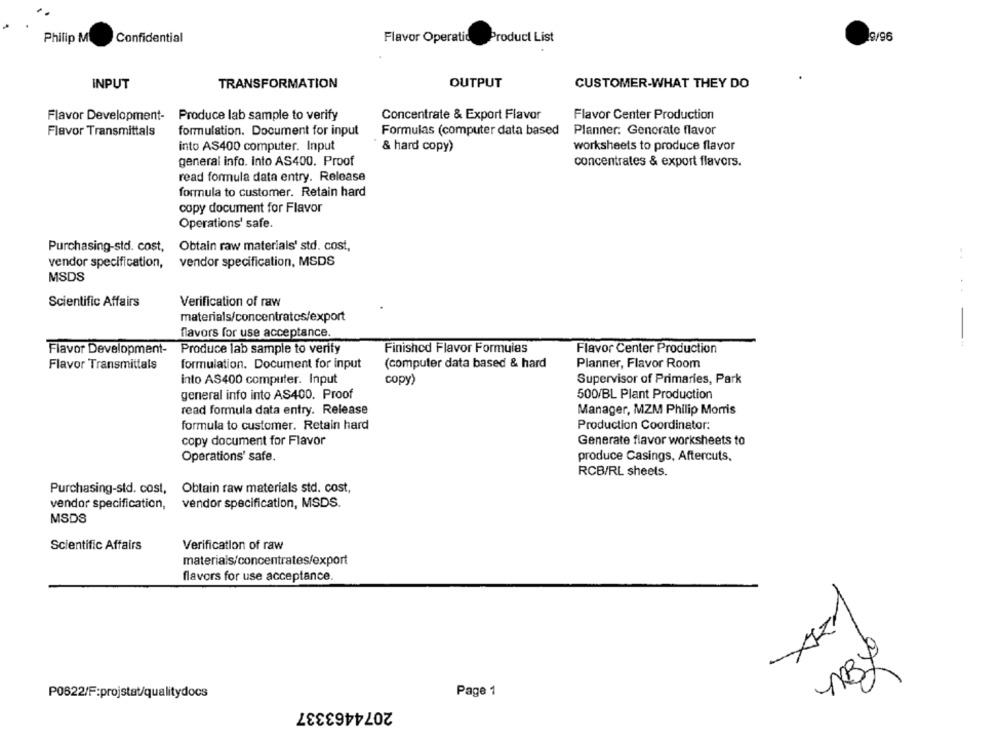
Confidential
19/96
Philip M
Flavor Operatid
Product List
INPUT
TRANSFORMATION
OUTPUT
CUSTOMER-WHAT THEY DO
Flavor Development- Produce lab sample to verify
Concentrate & Export Flavor
Flavor Center Production
Flavor Transmittals
formulation. Document for input
Formulas (computer data based
Planner: Generate flavor
into AS400 computer. Input
& hard copy>
worksheets to produce flavor
general info. into AS400. Proof
concentrates & export flavors.
read formula data entry. Release
formula to customer. Retain hard
copy document for Flavor
Operations' safe.
Purchasing-std. cost, Obtain raw materials' std. cost,
vendor specification, vendor specification, MSDS
MSDS
Scientific Affairs
Verification of raw
.... .
materials/concentratos/export
flavors for use acceptance.
-
Flavor Development-
Produce lab sample to verify
Finished Flavor Formulas
Flavor Center Production
(computer data based & hard
Flavor Transmittals
formulation. Document for input
Planner, Flavor Room
into AS400 computer. Input
copy)
Supervisor of Primaries, Park
general info into AS400. Proof
500/BL Plant Production
read formula data entry. Release
Manager, MZM Philip Morris
formula to customer. Retain hard
Production Coordinator:
copy document for Flavor
Generate flavor worksheets to
Operations' safe.
produce Casings, Aftercuts,
RCB/RL sheets.
Purchasing-std. cost, Obtain raw materials std. cost,
vendor specification,
vendor specification, MSDS.
MSDS
Scientific Affairs
Verification of raw
materials/concentrates/export
flavors for use acceptance
P0622/F:projstat/qualitydocs
Page 1
2074463337